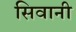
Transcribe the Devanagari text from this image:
सिवानी